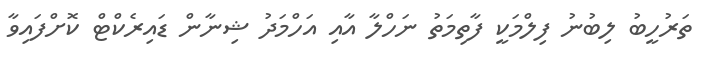
ތަރުހީބު ލިބުނު ފިލްމަކީ ފާތިމަތު ނަހްލާ އާއި އަހްމަދު ޝިނާން ޑައިރެކްޓް ކޮށްފައިވާ